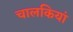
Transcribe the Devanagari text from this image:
चालकियां